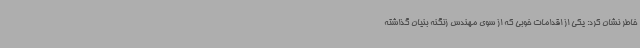
خاطر نشان کرد: یکی از اقدامات خوبی که از سوی مهندس زنگنه بنیان گذاشته